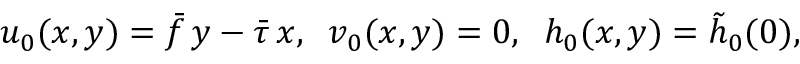
u _ { 0 } ( x , y ) = \bar { f } \, y - \bar { \tau } \, x , \; \; v _ { 0 } ( x , y ) = 0 , \; \; h _ { 0 } ( x , y ) = \tilde { h } _ { 0 } ( 0 ) ,